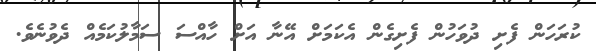
ކުރަހަން ފެށި ދުވަހުން ފެށިގެން އެކަމަށް އޭނާ އަށް ހާއްސަ ސަމާލުކަމެއް ދެވުނެވެ.